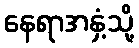
နေရာအနှံ့သို့